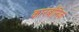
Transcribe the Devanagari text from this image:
कारबॉनिक